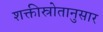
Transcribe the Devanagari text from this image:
शक्तीस्रोतानुसार